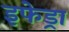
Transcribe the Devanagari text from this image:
इफेड्रा